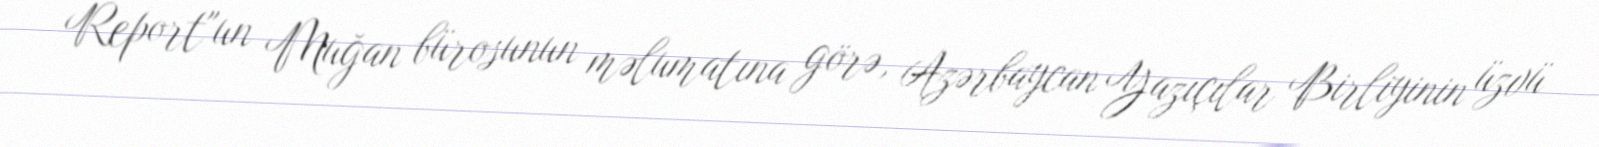
Report"un Muğan bürosunun məlumatına görə, Azərbaycan Yazıçılar Birliyinin üzvü